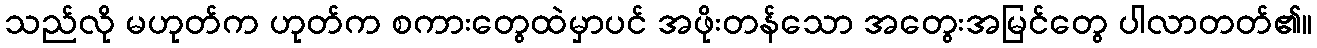
သည်လို မဟုတ်က ဟုတ်က စကားတွေထဲမှာပင် အဖိုးတန်သော အတွေးအမြင်တွေ ပါလာတတ်၏။